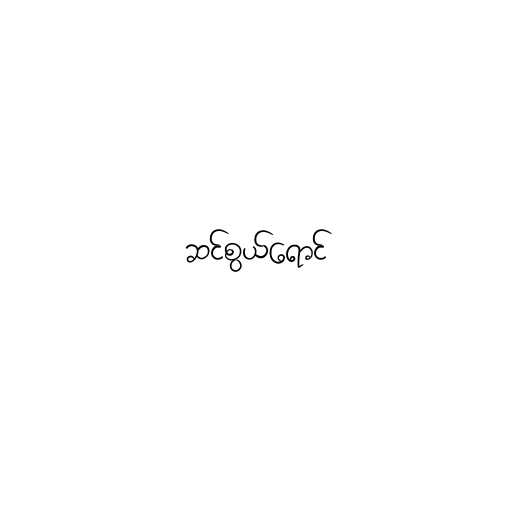
ဆင်စွယ်ရောင်